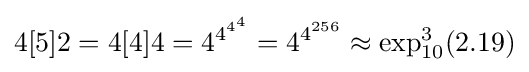
4[5]2=4[4]4=4^{4^{4^{4}}}=4^{4^{256}}\approx \exp _{10}^{3}(2.19)